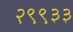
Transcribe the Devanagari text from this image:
२९९३३